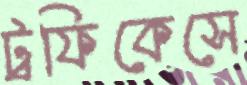
ট্রফিকেসে